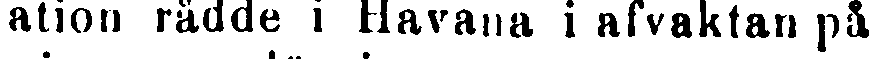
tation rådde i Havana i afvaktan på